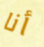
أنا